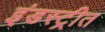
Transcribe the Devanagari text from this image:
इंडस्ट्रीत